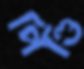
পিণ্ডি